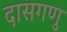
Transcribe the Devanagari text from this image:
दासगणु